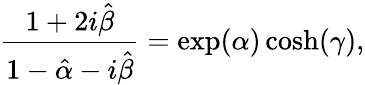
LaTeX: \frac{1+2i\hat{\beta}}{1-\hat{\alpha}-i\hat{\beta}}=\exp(\alpha)\cosh(\gamma),